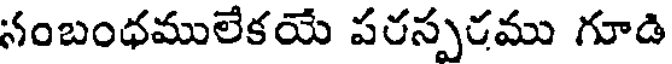
నంబంధములేకయే పరస్పరము గూడి